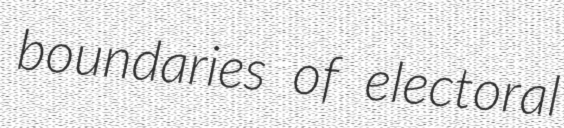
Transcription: boundaries of electoral